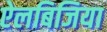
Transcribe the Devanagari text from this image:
ऐलबिजिया